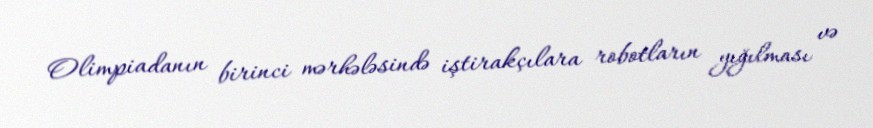
Olimpiadanın birinci mərhələsində iştirakçılara robotların yığılması və